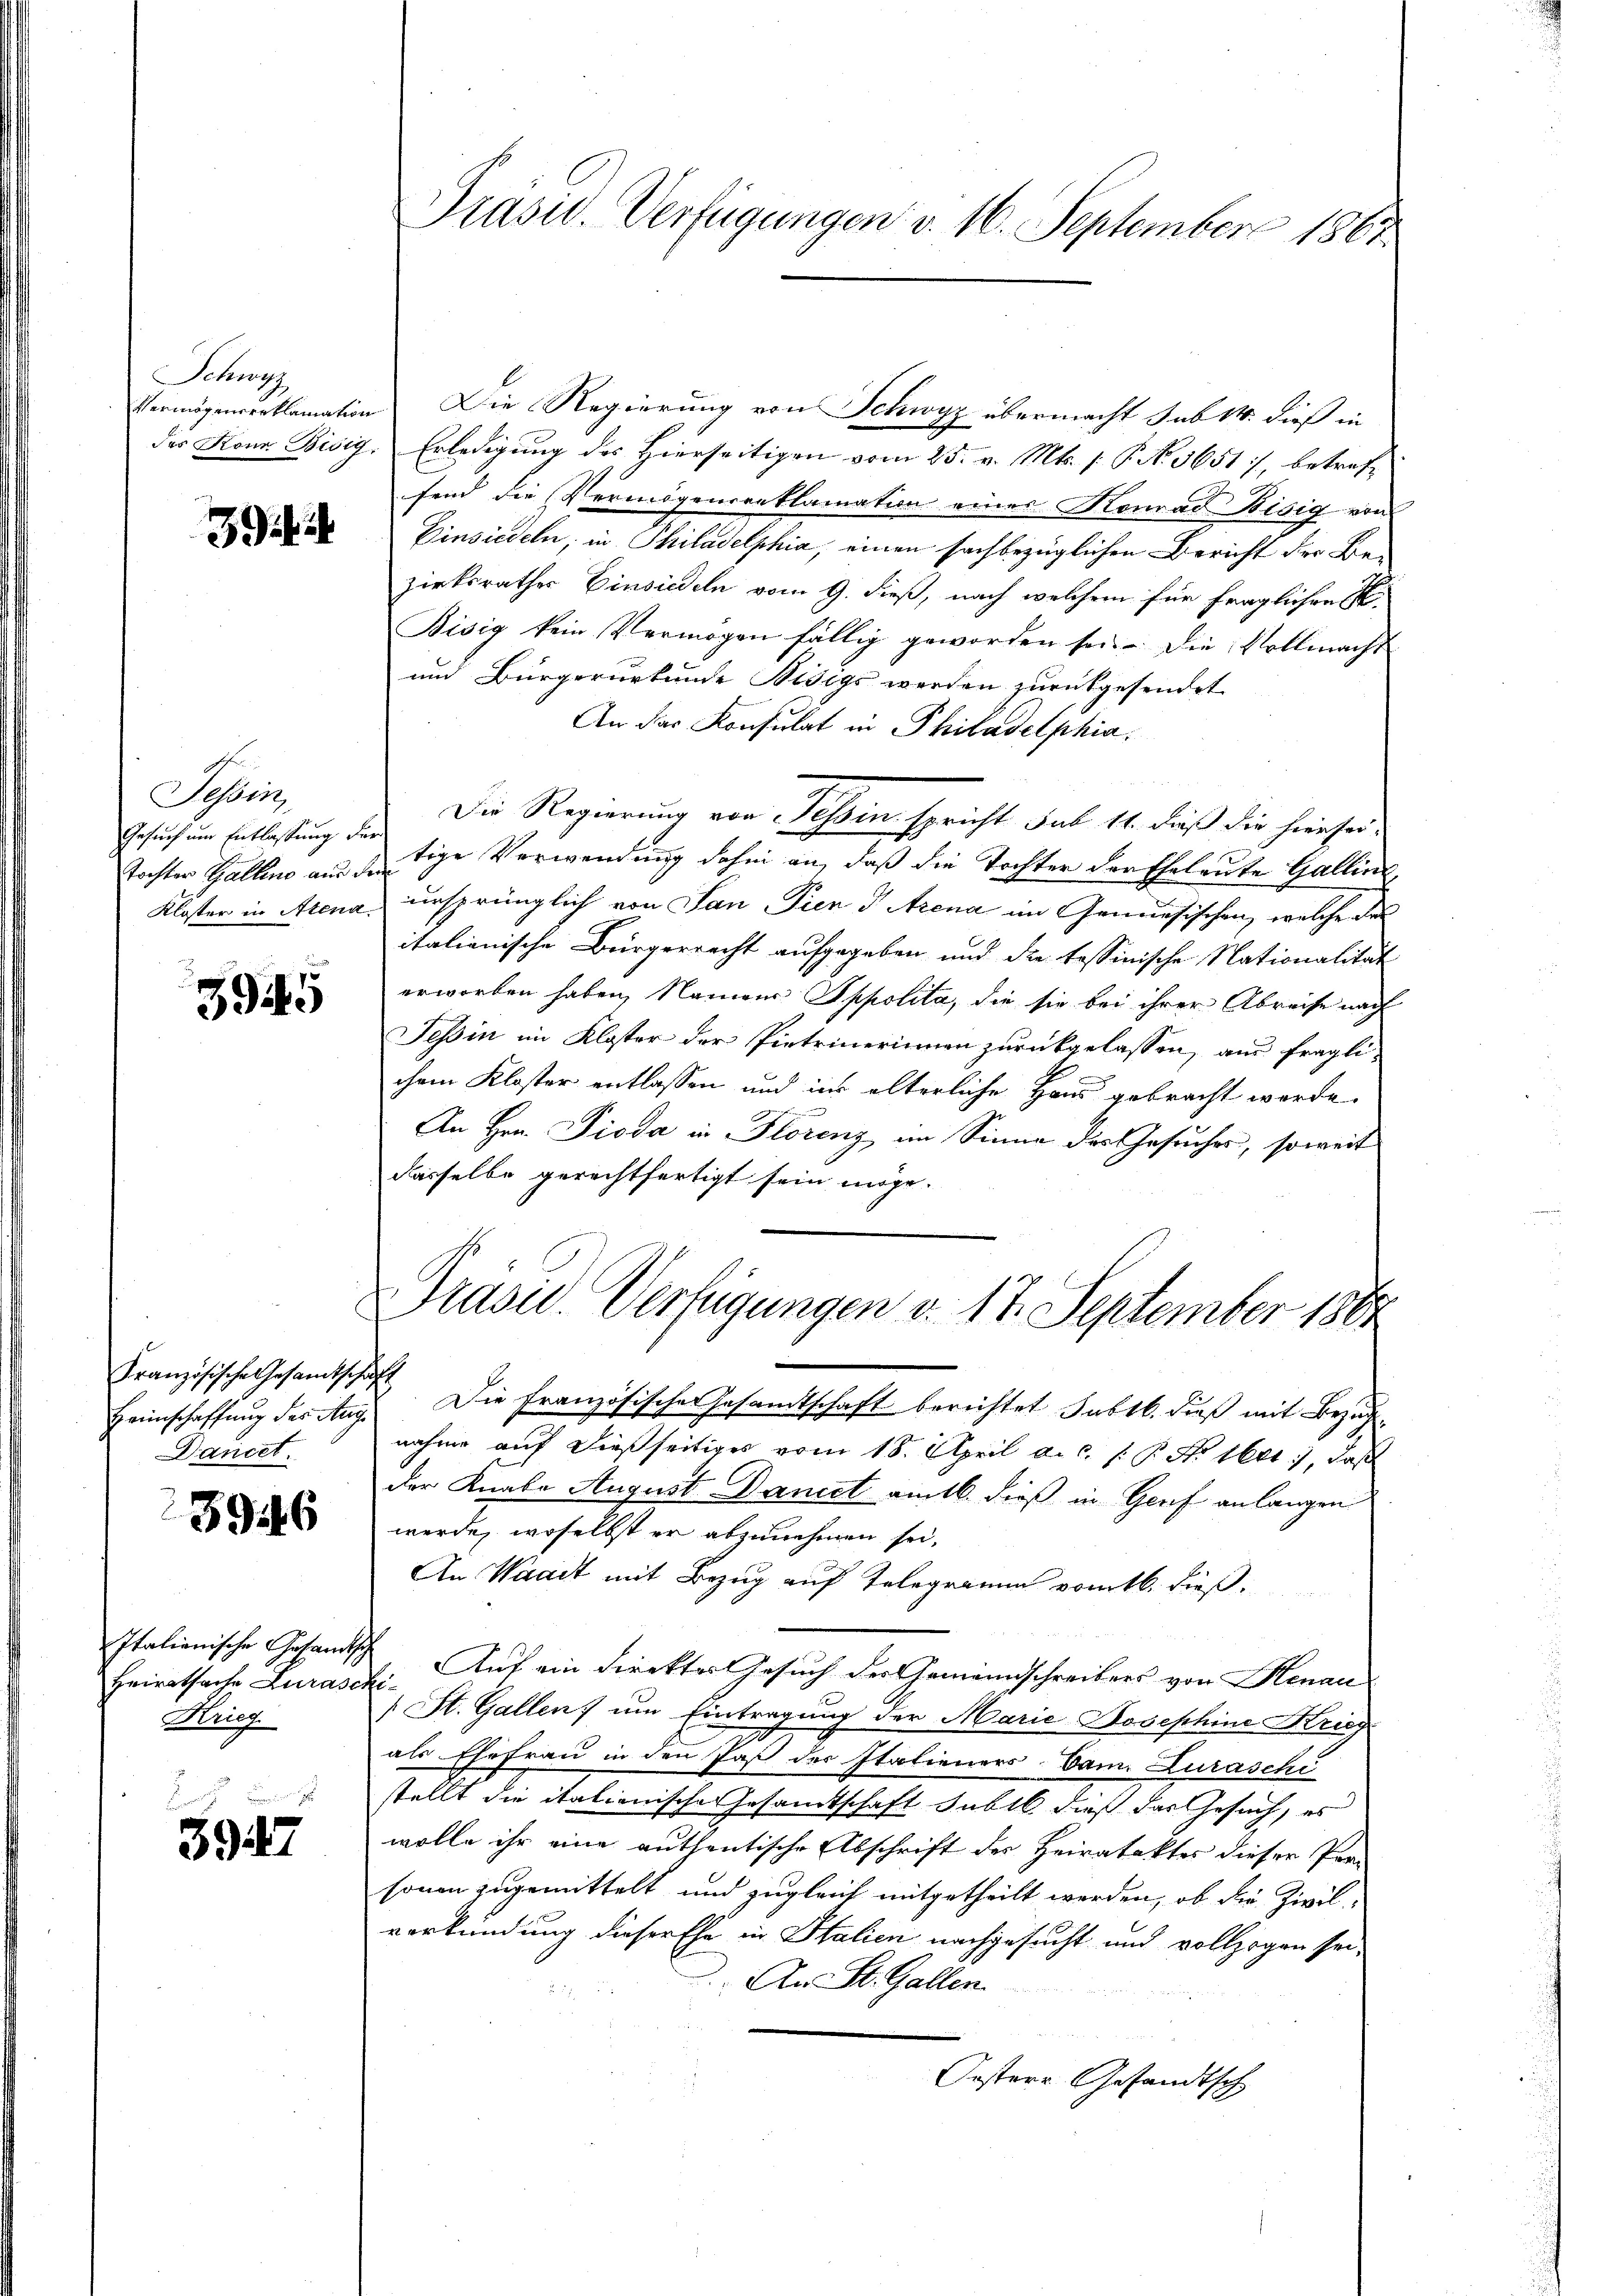
Schwyz

39

Schoris
Gesuch um Entlassung d
Tochter Gallino aus¬
Kloster in Atena

3945

Französische Gesamtschaft
Heimschaffung des Aug
Dancel.

39446

Italianische Gesandtsch
Heiratsache Zurast
Kriez

3947

Vermögenserklamation Die Regierung von Schwyz übermacht sub 14. dieß in
der Konz Bisig. Erledigung des Hierseitigen vom 25. v. Mts. (: P. No. 5651], betreffend die Vermögensreklamation einer Konrad Bisig von
Einsiedeln, in Philadelphia, einen sachbezüglichen Bericht der Be-
zirksrathes Einsiedeln vom 9. dieß, nach welchem für fraglichen S
Bisig kein Vermögen fällig geworden sei. Die Vollmacht
und Bürgerurkunde Bisigs werden zurückgesendet
An das Konsulat in Philadelphia
Die Regierung von Tessin spricht sub 14. daß die hierseie
utige Verwendung dahin an, daß die Tochter der Eheleute Galline,
ursprünglich von San Trend Arena im Genesischen, welche des
italienische Bürgerrecht aufgegeben und die tessinische Nationalität
erworben haben, Namens Oppolita, die sie bei ihrer Abreise nach
Tessin im Kloster der Pietrinerinnen zurückgelassen, aus fragli-
chem Kloster entlassen und ins alterliche Haus gebracht werde.
An Hrn. Pioda in Florenz im Sinne des Gesuches, soweit
dasselbe gerechtfertigt sein möge.
Drasu. Verfügungen v. 17. September 188
Die Französische Gesandtschaft berichtet subtb. dieß mit Bezugnahme auf dießseitiges vom 18. April a.c. s. P. Nr. 1601), daß
der Knabe August Daniet am 16. dieß in Genf anlangen
werde, woselbst er abzunehmen sei.
An Waadt mit Bezug auf Telegramm vom 16. dieß.
e
2. Auf ein Direkter Gesuch der Gemeindschreibers von Henau
ke
(St. Gallen, um Eintragung der Marie-Josephine Krug
als Ehefrau in den Paß der Italieners-Vam. Zuraschi
stellt die italienische Gesamtschaft suble dieß das Gesuch, es
wolle ihr eine authentische Abschrift des Heirataktes dieser Pro-
sonen zugemittelt und zugleich mitgetheilt werden, ob die Zivil-
verkündung dieser Ehe in Stalien nachgesucht und vollzogen sei,
An St. Gallen.
Oesterr. Gesandtsch

Präsid. Verfügungen v. 16. September 1867